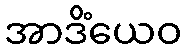
အာဒိံယေဝ